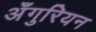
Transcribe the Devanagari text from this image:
अँगुरियन